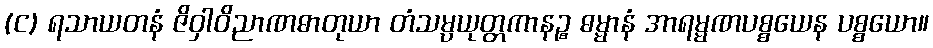
(င) ရသာယတနံ ဇိဝှါဝိညာဏဓာတုယာ တံသမ္ပယုတ္တကာနဉ္စ ဓမ္မာနံ အာရမ္မဏပစ္စယေန ပစ္စယော။